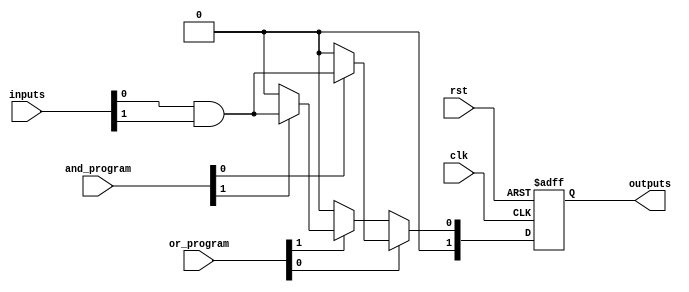
module RPAL #(
    parameter NUM_AND_GATES = 4,     // Number of AND gates
    parameter NUM_OR_GATES = 2,      // Number of OR gates
    parameter NUM_INPUTS = 8          // Number of inputs
)(
    input wire [NUM_INPUTS-1:0] inputs,         // Primary inputs
    input wire [NUM_AND_GATES-1:0] and_program,  // Programming for AND gates
    input wire [NUM_OR_GATES-1:0] or_program,    // Programming for OR gates
    input wire clk,                               // Clock signal
    input wire rst,                               // Reset signal
    output reg [NUM_OR_GATES-1:0] outputs        // Registered outputs
);

    // Intermediate signals for AND gate outputs
    wire [NUM_AND_GATES-1:0] and_outputs;

    // AND gate array
    genvar i;
    generate
        for (i = 0; i < NUM_AND_GATES; i = i + 1) begin : and_gate_array
            assign and_outputs[i] = (and_program[i]) ? (inputs[0] & inputs[1]) : 1'b0; // Example AND logic
            // You can expand this to include more inputs or different logic as needed
        end
    endgenerate

    // OR gate array
    wire or_output;
    assign or_output = (or_program[0]) ? and_outputs[0] : 1'b0 |
                       (or_program[1]) ? and_outputs[1] : 1'b0;

    // Registering outputs
    always @(posedge clk or posedge rst) begin
        if (rst) begin
            outputs <= 0; // Reset outputs
        end else begin
            outputs <= {or_output}; // Store OR output in registers
        end
    end

endmodule